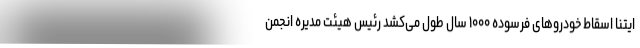
ایتنا اسقاط خودروهای فرسوده ۱۰۰۰ سال طول می‌کشد رئیس هیئت مدیره انجمن